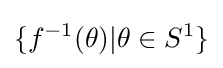
\{f^{-1}(\theta )|\theta \in S^{1}\}